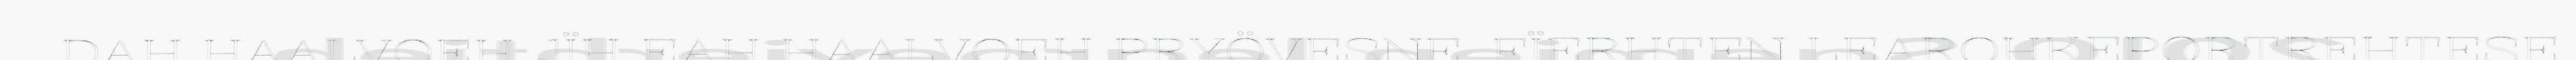
DAH HAALVOEH JÏH EAH HAALVOEH PRYÖVESNE. FÏERHTEN LEAROHKEPORTREHTESE